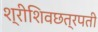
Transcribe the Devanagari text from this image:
श्रीशिवछत्रपती